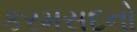
કરમસદનો